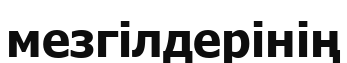
мезгілдерінің